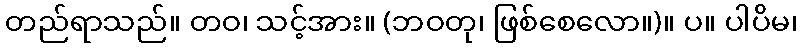
တည်ရာသည်။ တဝ၊ သင့်အား။ (ဘဝတု၊ ဖြစ်စေလော။)။ ပ။ ပါပိမ၊